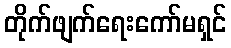
တိုက်ဖျက်ရေးကော်မရှင်